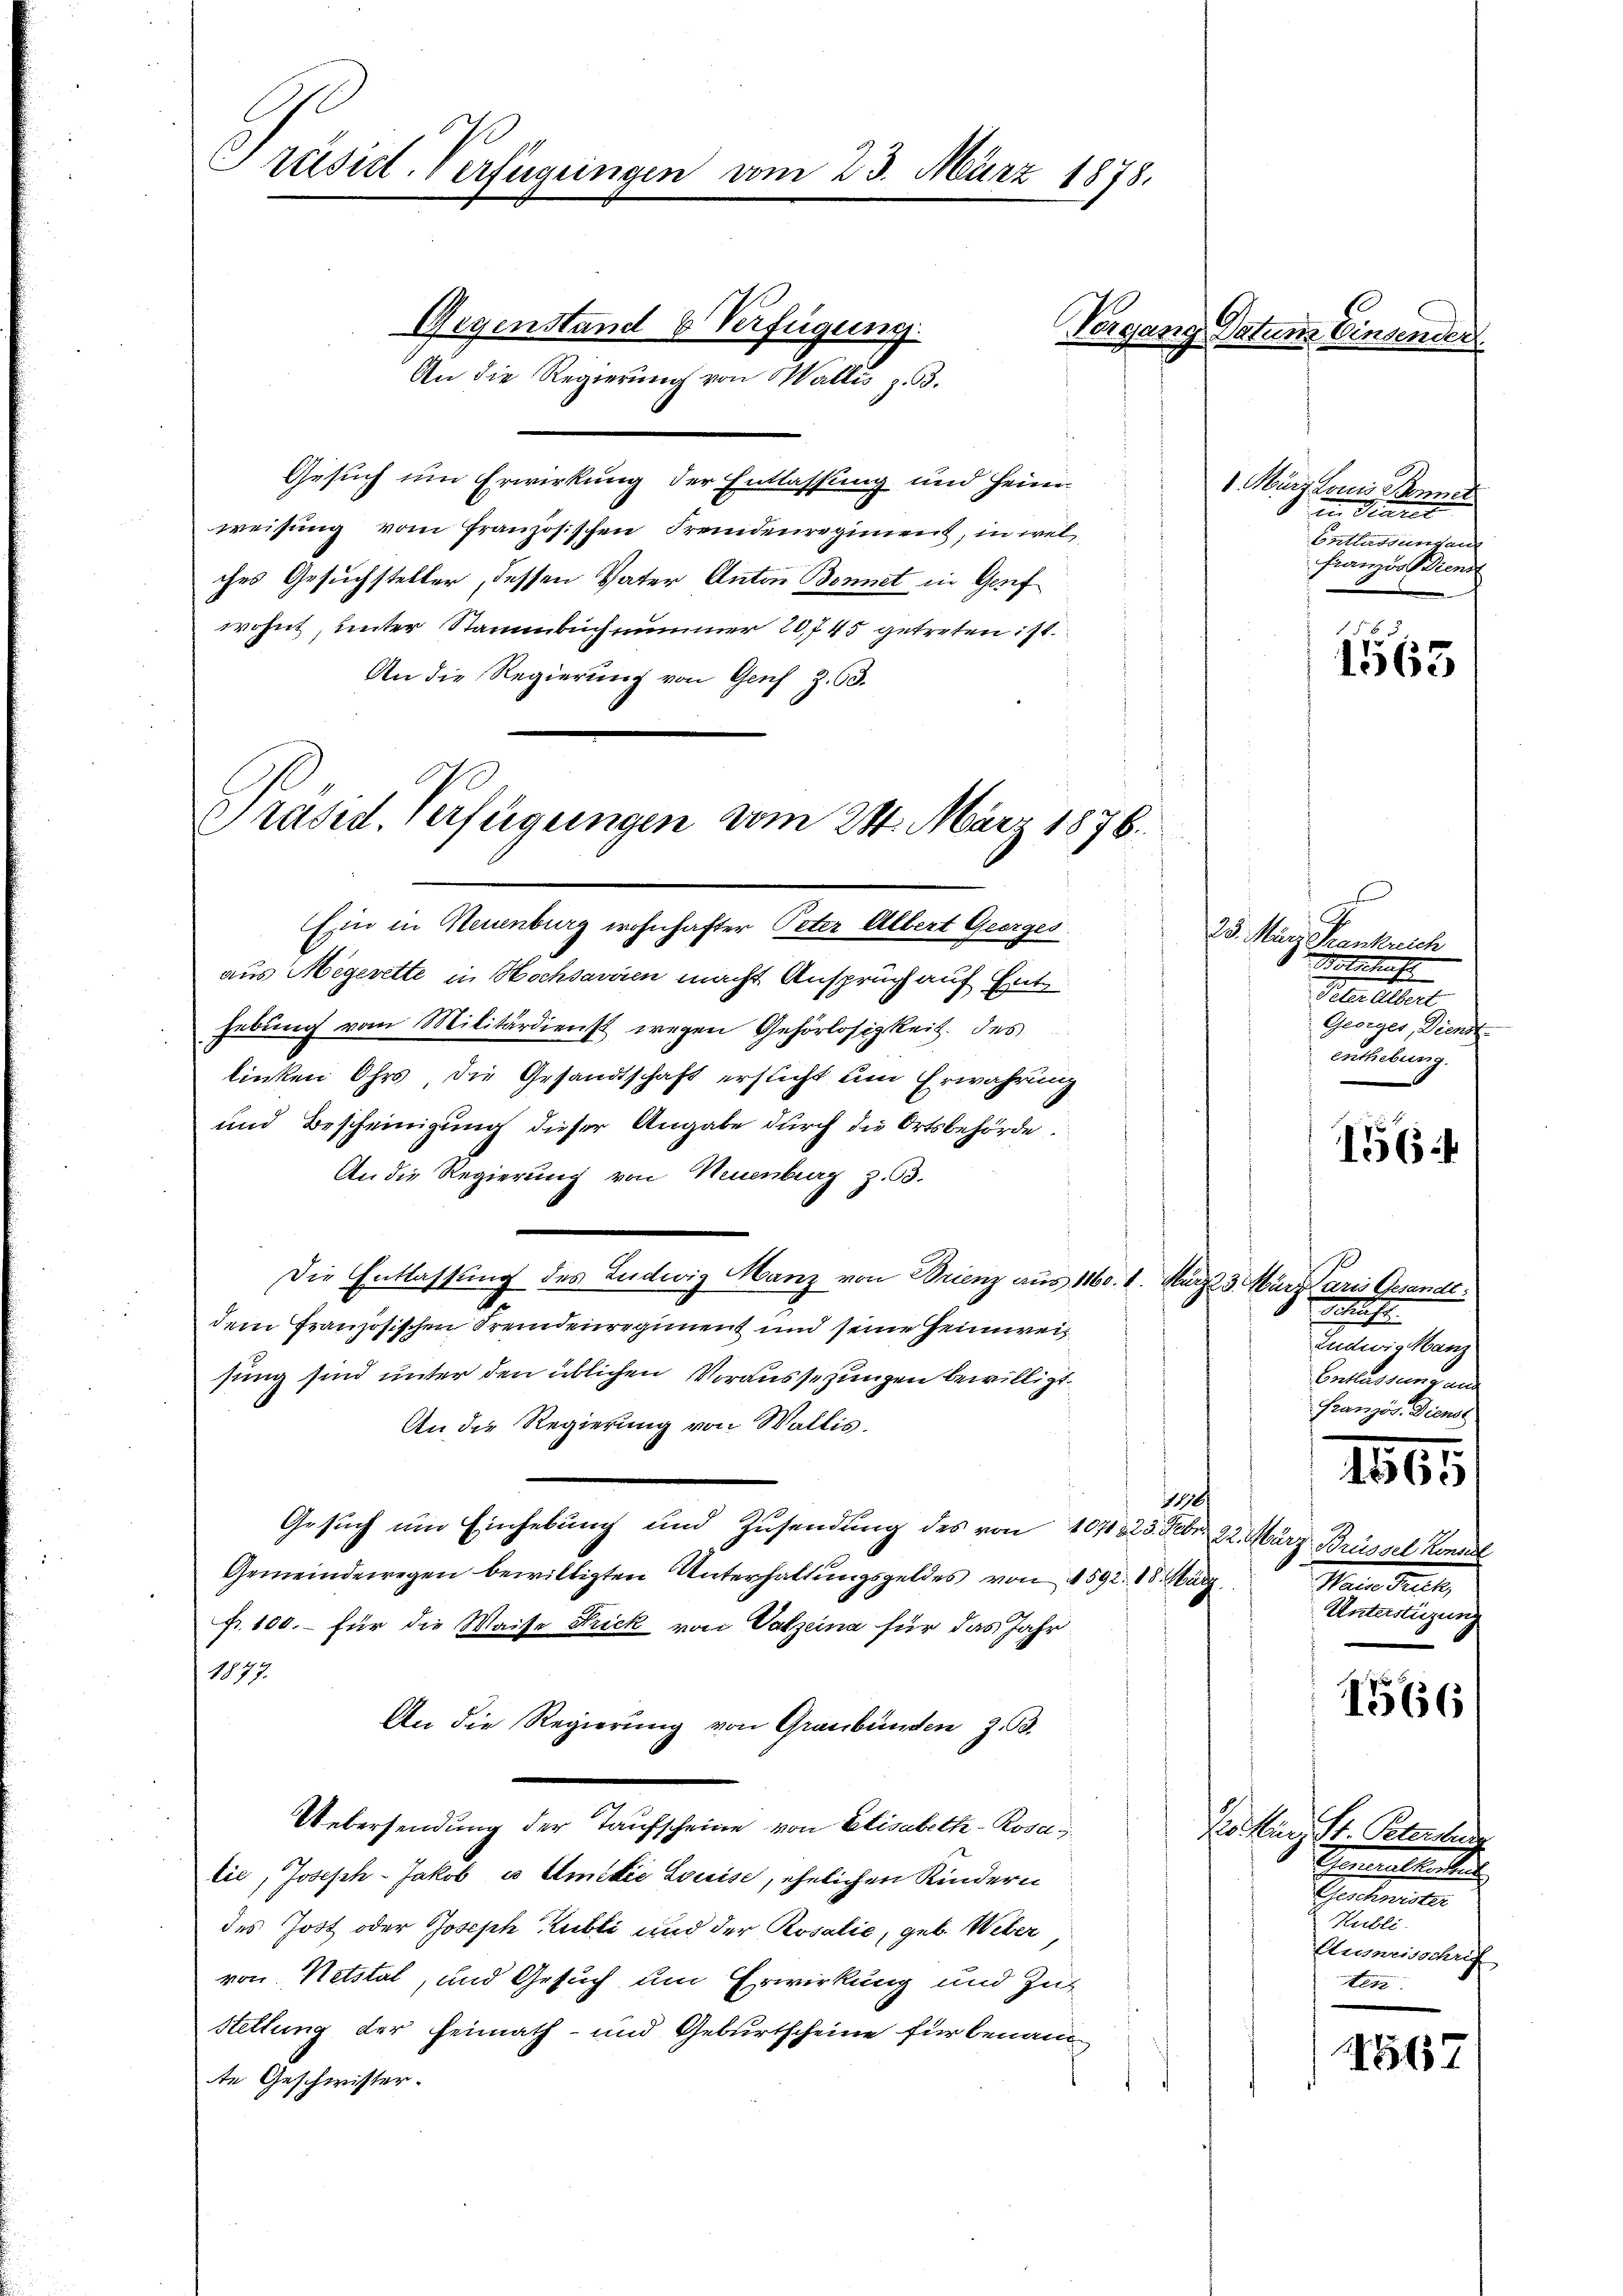
Präsid. Verfügungen vom 23. März 1878.

An die Regierung von Wallis z. B.
Gesuch um Erwirkung der Entlassung und Heim
weisung vom Französischen Fremdenregiment, in welches Gesuchsteller, dessen Vater Anton Bonnet in Genf
wohnt, unter Stammbuch nummer 20745 getreten ist
An die Regierung von Genf Z. 63.

Präsid. Verfügungen vom 28. März 1876.
Ein in Neuenburg wohnhafter Peter Albert Georges

aus Megerette in Hochsavien macht Anspruch auf Ent
hebung vom Militärdienst wegen Gesörlosigkeit des
linken Ohrs, die Gesandtschaft ersticht um Erwährung
und Bescheinigung dieser Angabe durch die Ortsbehörde¬
An die Regierung von Neuenburg z. 33.
Die Entlassung des Ludwig Manz von Brienz aus 1160. 1. März 23 März aris Gesandtdem französischen Fremdenregiment und seine Heimweisung sind unter den üblichen Voraussezungen bewilligt.
An die Regierung von Wallis.
10
Gesuch um Einhebung und Zusendung des von 104323. Febr. 22. März Brüssel Konse
Gemeindewegen bewilligten Unterhaltungsgeldes von § 592. 18. März
fr. 100.- für die Waise Frick von Valzeina für das Jahr
1877.
An die Regierung von Graubünden z. B.
Uebersendung der Taufscheine von Elisabeth-Rosa
lie, Joseph-Jakob es Emilie Louise, ehelichen Kindern
des Jost oder Joseph Lubli und der Rosalie, geb. Weber
von Netstal, und Gesuch um Erwirkung und Zut
Stettung der Heimath- und Geburtscheine für benan
te Geschwister.

Gegenstand 6 Verfügung.

Vergang Datum Einsender

1. März Louis Bonner
in Diaret
Entlassungen
Franzis Biend

165

25. März Krankrech
Botschaft
Peterselbert
Georger, Dienst
enthebung.

1564

10
Schrift
Ludwig Manz
Entlassung aus
Französ. Dienst

1815

Mara Mart.
Unterstüzung

1566

Ko kurz St. Peterste
Thereinscheinte

Hubli
Ausweisschrif
ten

1567